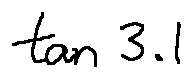
\tan 3 . 1